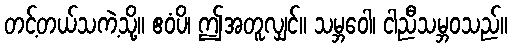
တင့်တယ်သကဲ့သို့။ ဧဝံပိ၊ ဤအတူလျှင်။ သမ္ဘဝေါ၊ ငါညီသမ္ဘဝသည်။